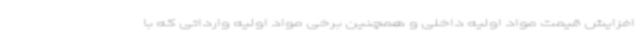
افزایش قیمت مواد اولیه داخلی و همچنین برخی مواد اولیه وارداتی که با